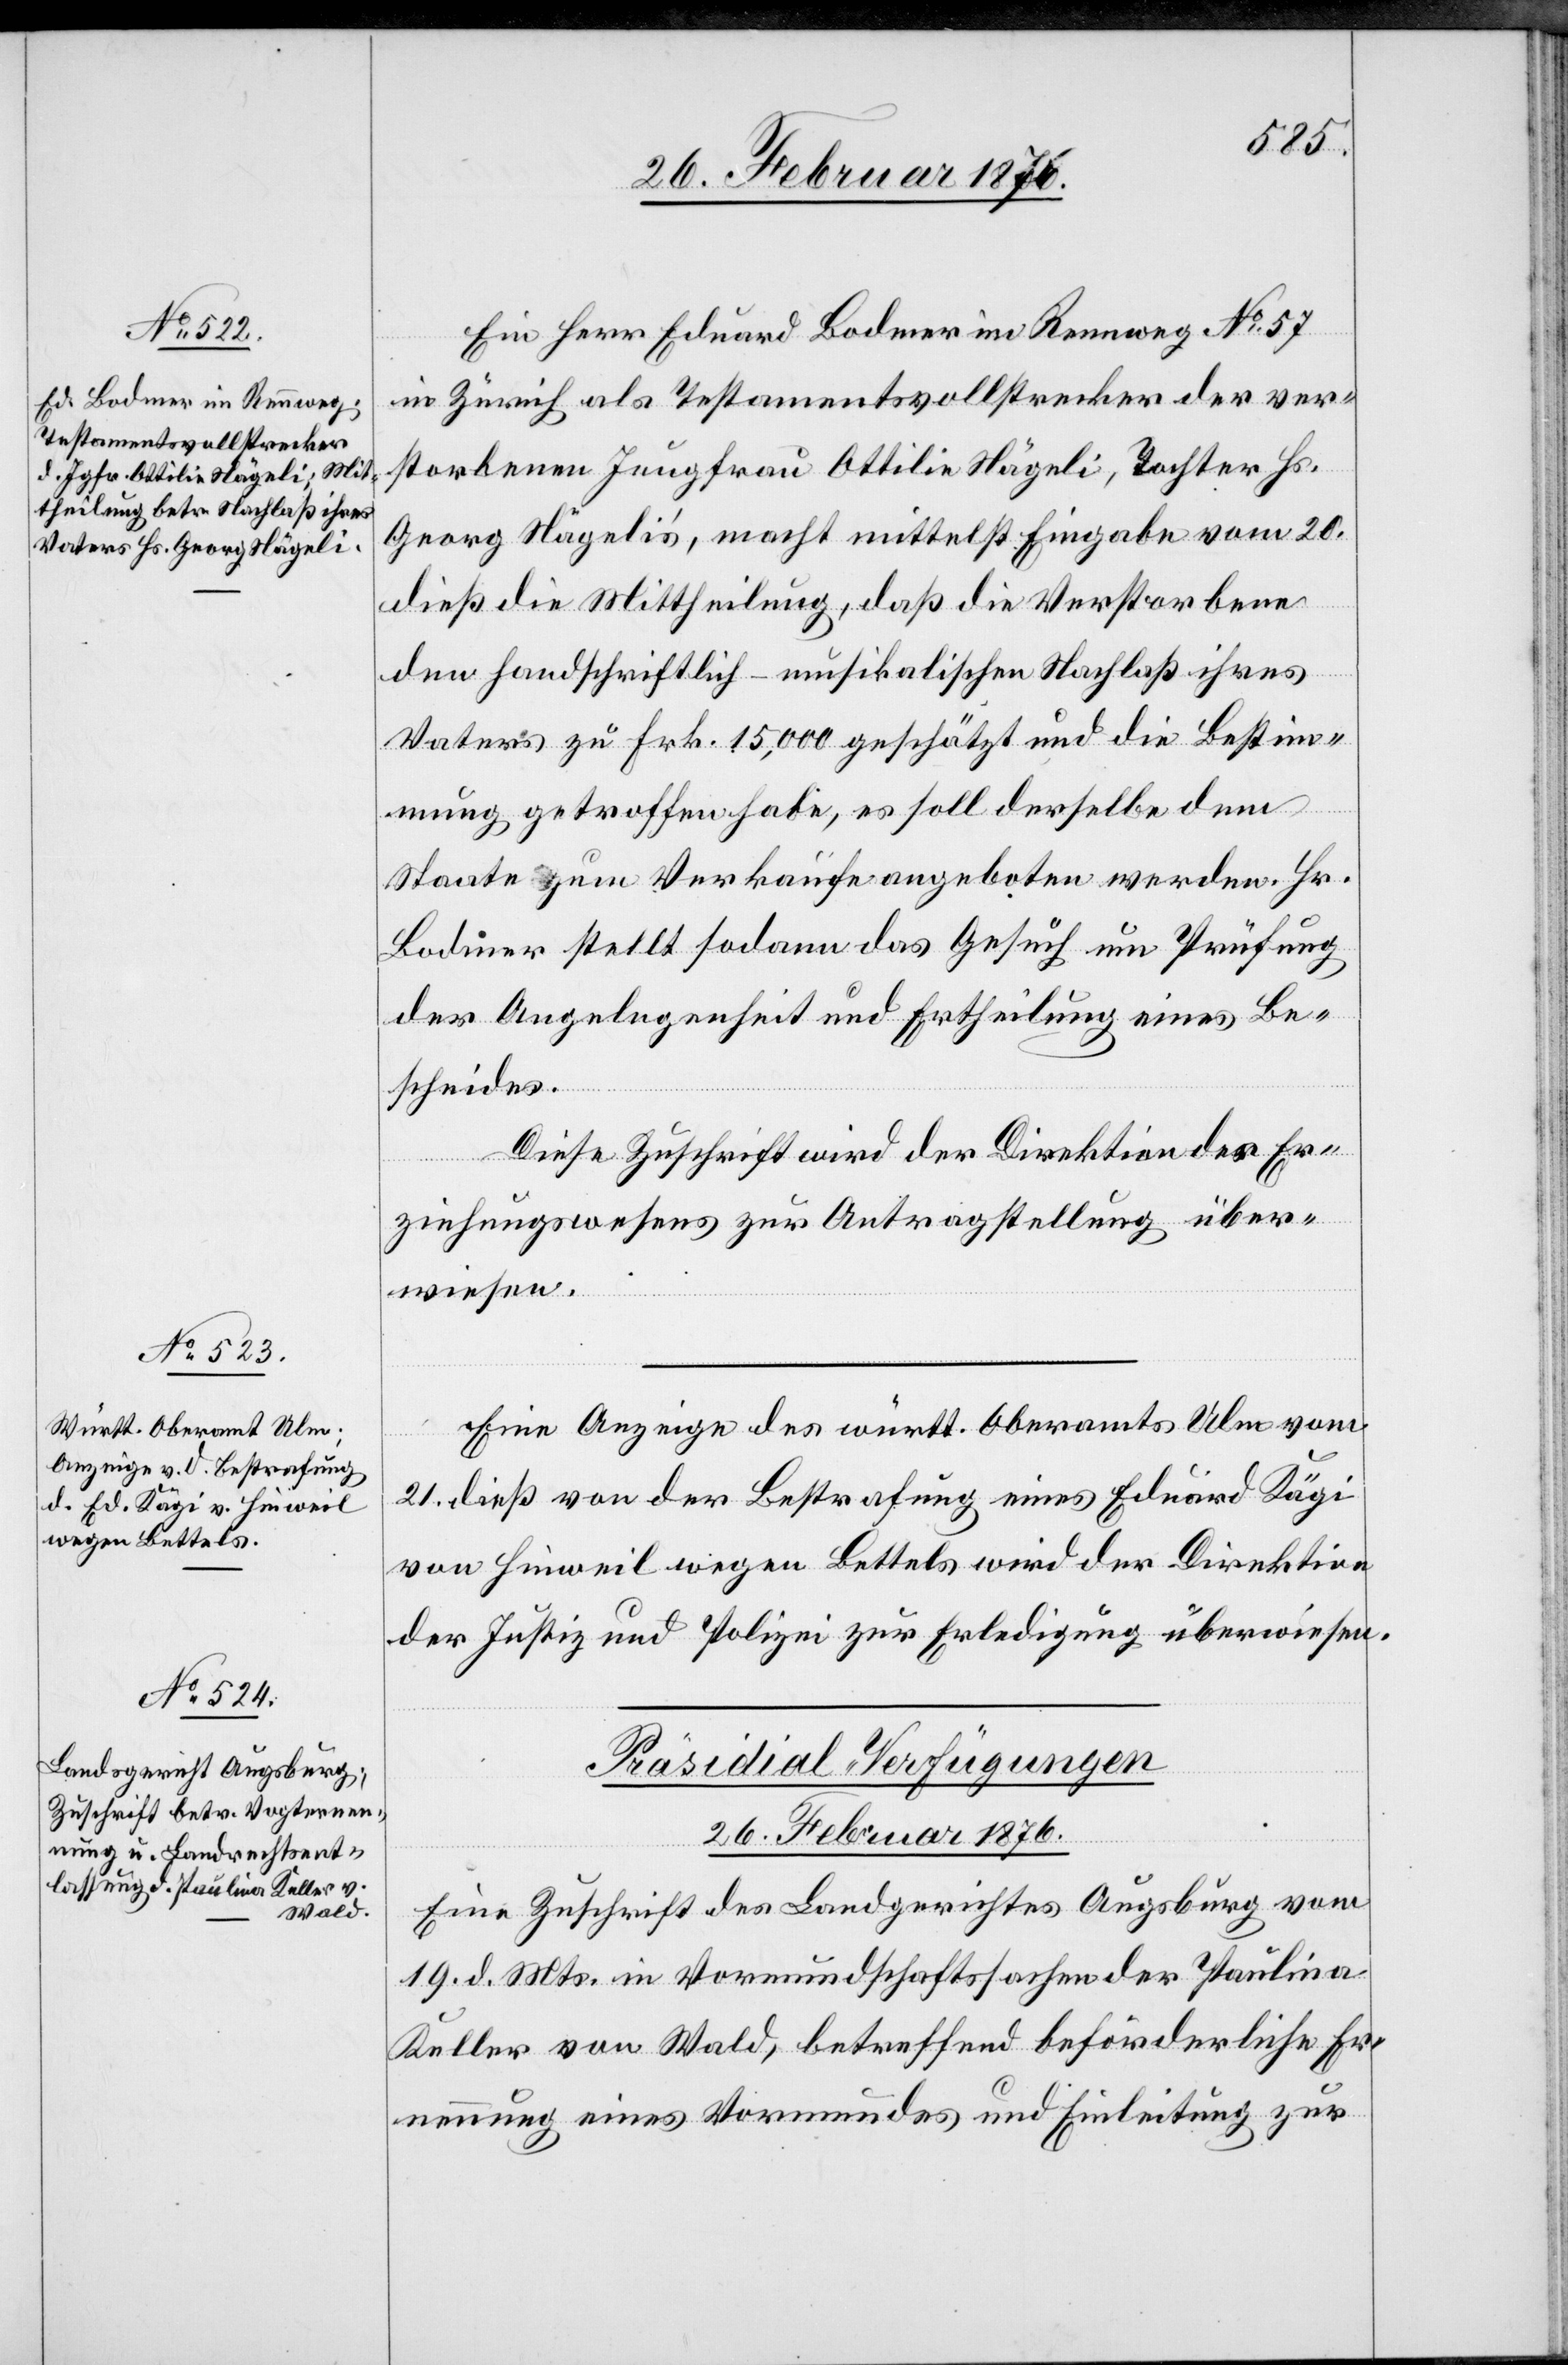
Ein Herr Eduard Bodmer im Rennweg No 57
in Zürich als Testamentsvollstrecker der ver¬
storbenen Jungfrau Ottilie Nägeli, Tochter Hr.
Georg Nägelis, macht mittelst Eingabe vom 20.
dieß die Mittheilung, daß die Verstorbene
den handschriftlich-musikalischen Nachlaß ihres
Vaters zu Frk. 15,000 geschätzt und die Bestim¬
mung getroffen habe, es soll derselbe dem
Staate zum Verkaufe angeboten werden. Hr.
Bodmer stellt sodann das Gesuch um Prüfung
der Angelegenheit und Ertheilung eines Be¬
scheides.
Diese Zuschrift wird der Direktion des Er¬
ziehungswesens zur Antragstellung über¬
wiesen.
Eine Anzeige des württ. Oberamts Ulm vom
21. dieß von der Bestrafung eines Eduard Kägi
von Hinweil wegen Bettels wird der Direktion
der Justiz und Polizei zur Erledigung überwiesen.
Präsidial-Verfügungen
26. Februar 1876.
Eine Zuschrift des Landgerichtes Augsburg vom
19. d. Mts. in Vormundschaftssachen der Paulina
Keller von Wald, betreffend beförderliche Er¬
nennung eines Vormundes und Einleitung zur